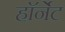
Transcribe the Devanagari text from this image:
हाॅर्नेट